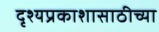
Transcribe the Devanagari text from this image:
दृश्यप्रकाशासाठीच्या